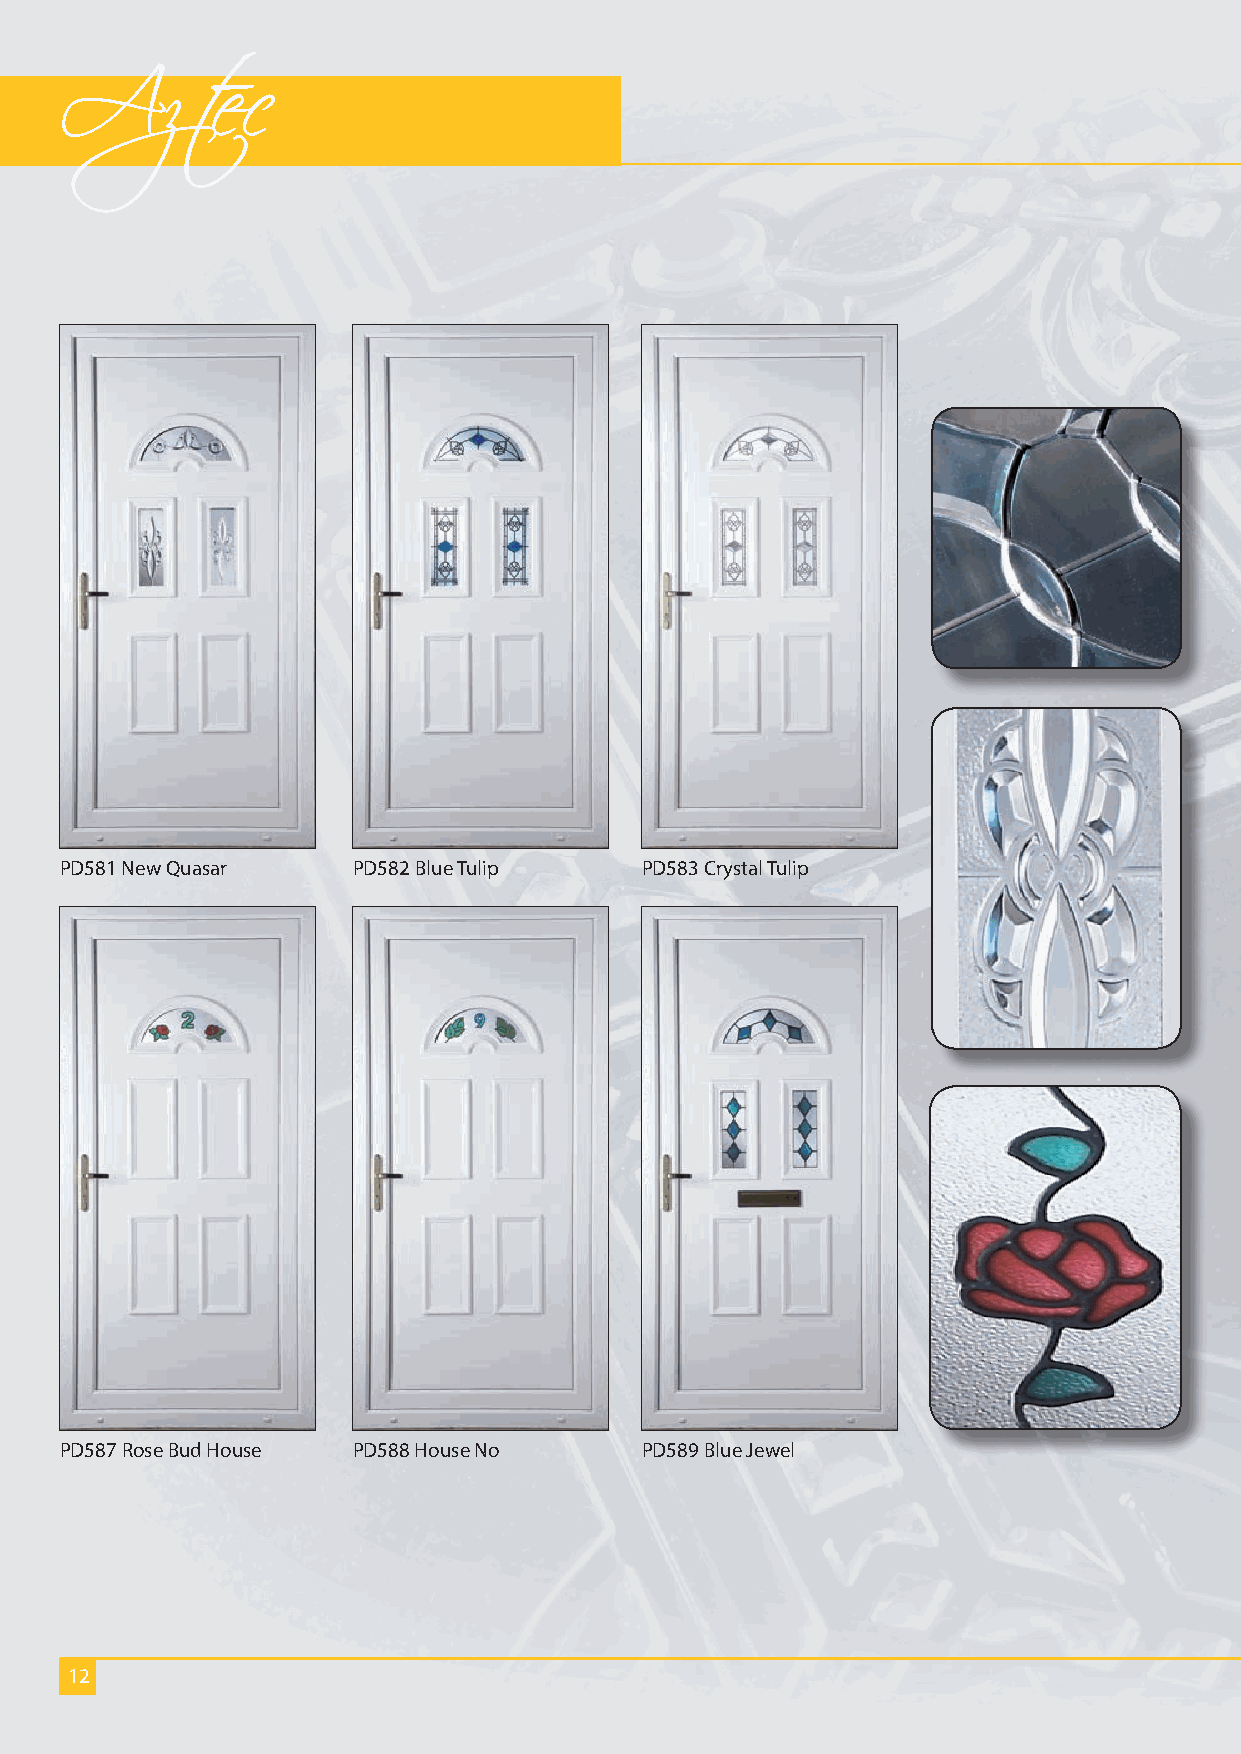
Aztec
 PD581 New Quasar   PD582 Blue Tulip   PD583 Crystal Tulip
 PD587 Rose Bud House PD588 House No   PD589 Blue Jewel
 12